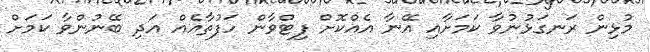
މުޅިން ރަނގަޅުނުވާ ކަމަށާއި އޭނާ އެއްކޮށް ފިޓްވާން ހަފުތާއެއް އަދި ބޭނުންވާ ކަމަށް